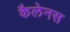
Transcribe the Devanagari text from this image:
कैलेनस